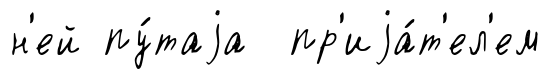
н'ей пу́таjа пр'иjа́т'ел'ем